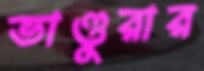
ভাণ্ডুরার